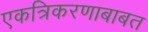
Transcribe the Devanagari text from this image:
एकत्रिकरणाबाबत